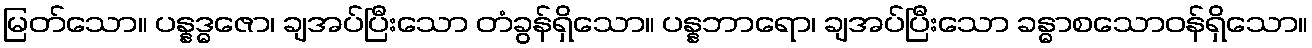
မြတ်သော။ ပန္နဒ္ဓဇော၊ ချအပ်ပြီးသော တံခွန်ရှိသော။ ပန္နဘာရော၊ ချအပ်ပြီးသော ခန္ဓာစသောဝန်ရှိသော။